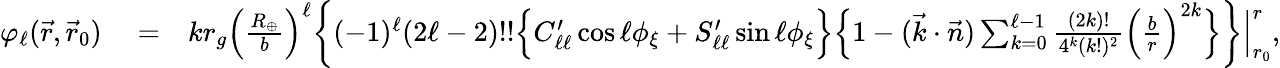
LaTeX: \begin{array}{rlr}{\varphi_{\ell}(\vec{r},\vec{r}_{0})}&{{}=}&{kr_{g}\Big(\frac{R_{\oplus}}{b}\Big)^{\ell}\bigg\{ (-1)^{\ell}(2\ell-2)!!\Big\{ C_{\ell\ell}^{\prime}\cos\ell\phi_{\xi}+S_{\ell\ell}^{\prime}\sin\ell\phi_{\xi}\Big\} \Big\{ 1-(\vec{k}\cdot\vec{n})\sum_{k=0}^{\ell-1}\frac{(2k)!}{4^{k}(k!)^{2}}\Big(\frac{b}{r}\Big)^{2k}\Big\} \bigg\} \Big|_{r_{0}}^{r},}\end{array}